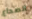
الصداع